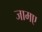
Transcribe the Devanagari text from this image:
जामए